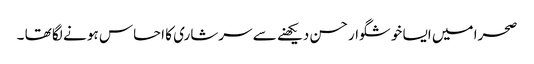
صحرا میں ایسا خوشگوار حسن دیکھنے سے سرشاری کا احساس ہو نے لگا تھا ۔